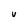
Character: U